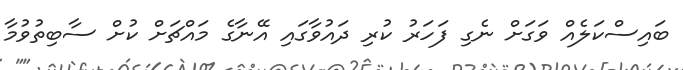
ބައިސްކަލެއް ވަގަށް ނެގި ފަހަރު ކުރި ދައުވާގައި އޭނާގެ މައްޗަށް ކުށް ސާބިތުވުމާ